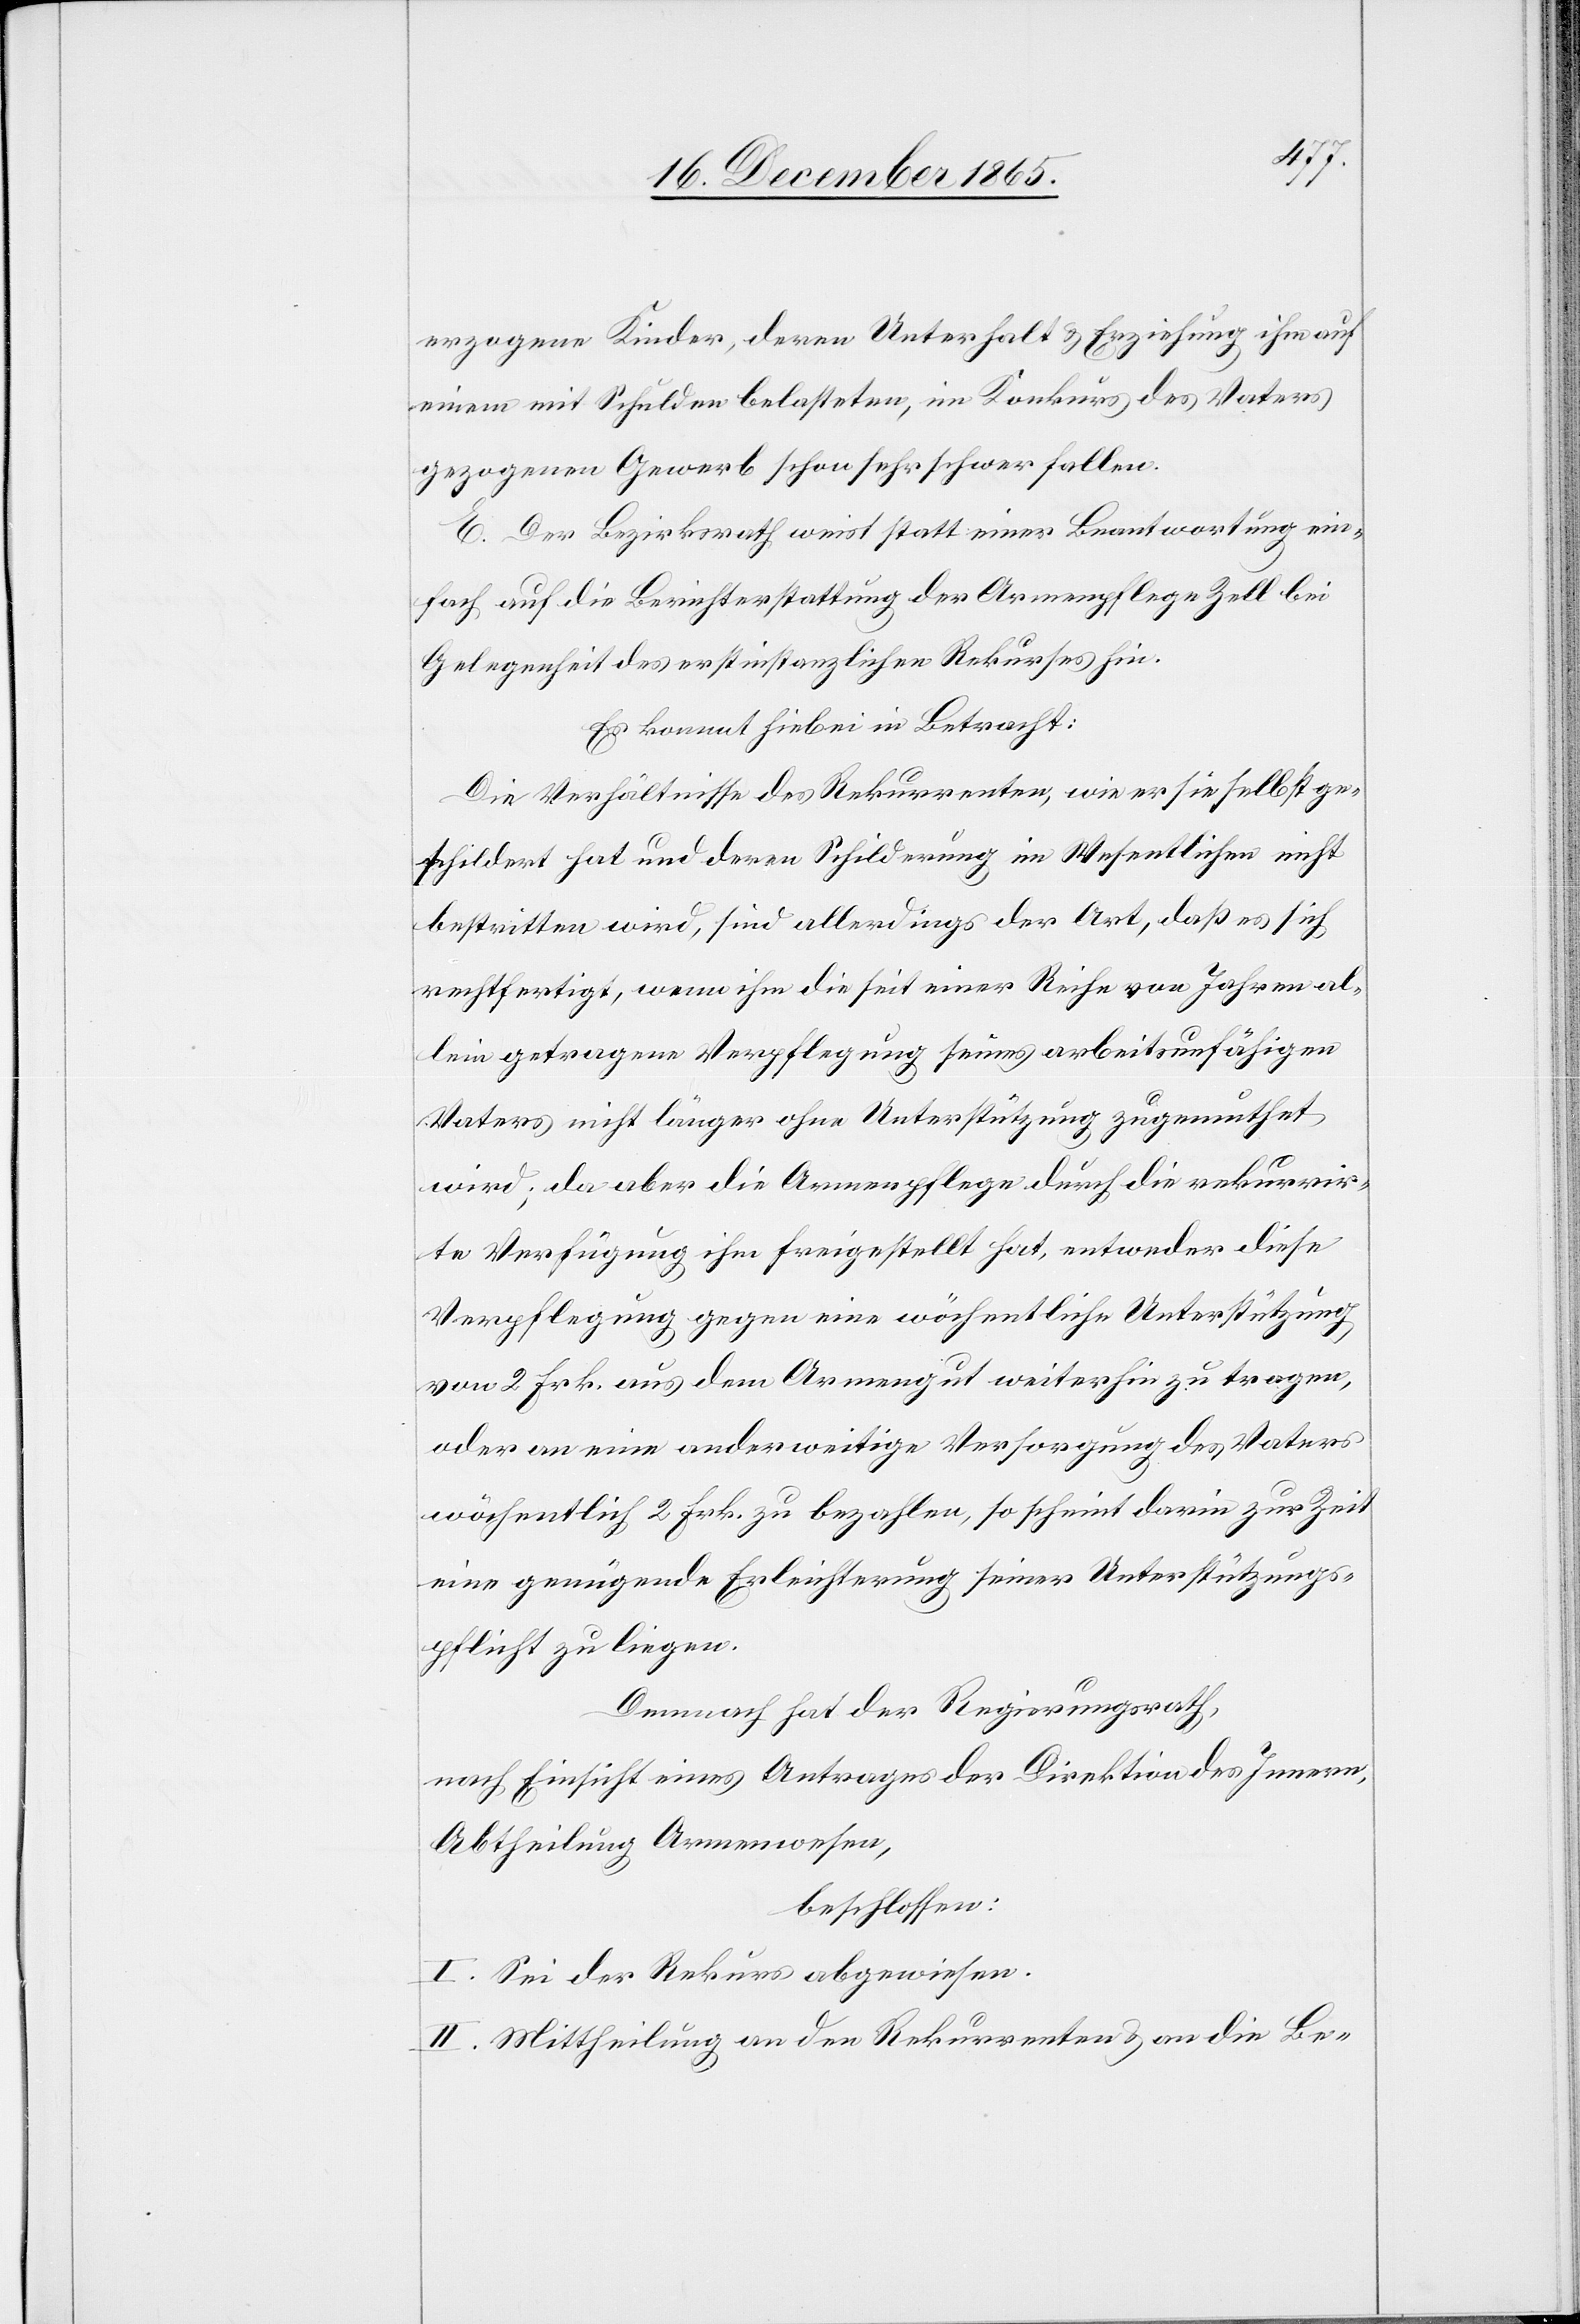
erzogene Kinder, deren Unterhalt & Erziehung ihm auf
einem mit Schulden belasteten, im Konkurs des Vaters
gezogenen Gewerb schon sehr schwer fallen.
E. Der Bezirksrath weist statt einer Beantwortung ein¬
fach auf die Berichterstattung der Armenpflege Zell bei
Gelegenheit des erstinstanzlichen Rekurses hin.
Es kommt hiebei in Betracht:
Die Verhältnisse des Rekurrenten, wie er sie selbst ge¬
schildert hat und deren Schilderung im Wesentlichen nicht
bestritten wird, sind allerdings der Art, daß es sich
rechtfertigt, wenn ihm die seit einer Reihe von Jahren al¬
lein getragene Verpflegung seines arbeitsunfähigen
Vaters nicht länger ohne Unterstützung zugemuthet
wird; da aber die Armenpflege durch die rekurrir¬
te Verfügung ihm freigestellt hat, entweder diese
Verpflegung gegen eine wöchentliche Unterstützung
von 2 Frk. aus dem Armengut weiterhin zu tragen,
oder an eine anderweitige Versorgung des Vaters
wöchentlich 2 Frk. zu bezahlen, so schein darin zur Zeit
eine genügende Erleichterung seiner Unterstützungs¬
pflicht zu liegen.
Demnach hat der Regierungsrath,
nach Einsicht eines Antrages der Direktion des Innern,
Abtheilung Armenwesen,
beschlossen:
I. Sei der Rekurs abgewiesen.
II. Mittheilung an den Rekurrenten & an die Be-